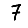
Digit: 7